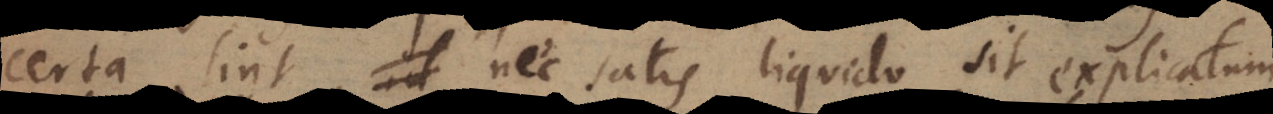
certa sint, nec satis liquido sit explicatum